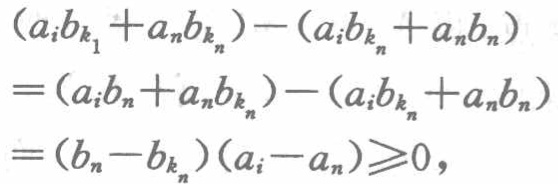
\((a_{i}b_{k_{1}}+a_{n}b_{k_{n}})-(a_{i}b_{k_{n}}+a_{n}b_{n})\\

=(a_{i}b_{n}+a_{n}b_{k_{n}})-(a_{i}b_{k_{n}}+a_{n}b_{n})\\

=(b_{n}-b_{k_{n}})(a_{i}-a_{n})\geqslant0\)